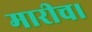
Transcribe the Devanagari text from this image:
मारीच।